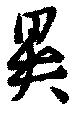
異